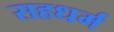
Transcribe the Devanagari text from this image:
सहधर्म